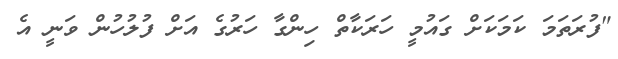
"ފުރަތަަމަ ކަމަކަށް ގައުމީ ހަރަކާތް ހިންގާ ހަރުގެ އަށް ފުލުހުން ވަނީ އެ